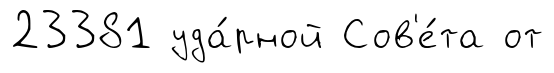
23381 уда́рной Сов'е́та от